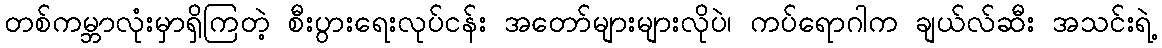
တစ်ကမ္ဘာလုံးမှာရှိကြတဲ့ စီးပွားရေးလုပ်ငန်း အတော်များများလိုပဲ၊ ကပ်ရောဂါက ချယ်လ်ဆီး အသင်းရဲ့